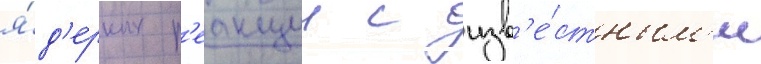
я́д'ерных р'еакции с изв'е́стным'и